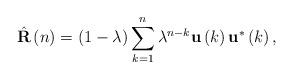
LaTeX: \begin{align*} \hat{\mathbf{R}}\left(n\right)=(1-\lambda)\sum_{k=1}^n \lambda^{n-k}\mathbf{u}\left(k\right)\mathbf{u}^*\left(k\right),\end{align*}